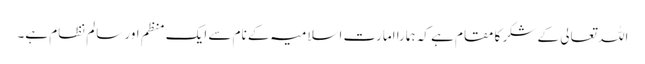
اللہ تعالی کے شکر کا مقام ہے کہ ہمارا امارت اسلامیہ کے نام سے ایک منظم اور سالم نظام ہے۔